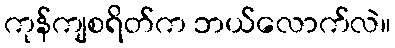
ကုန်ကျစရိတ်က ဘယ်လောက်လဲ။